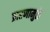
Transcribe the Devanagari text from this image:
प्रारणामुळे